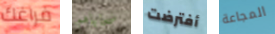
فراغك ضحاياهم أفترضت المجاعة